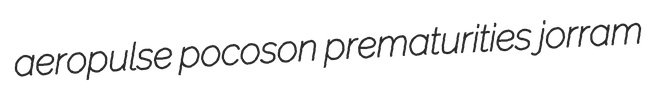
aeropulse pocoson prematurities jorram